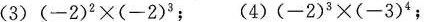
(3) $$( - 2 ) ^ 2 \times ( - 2 ) ^ 3$$；(4) $$( - 2 ) ^ 3 \times( - 3 ) ^ 4$$；